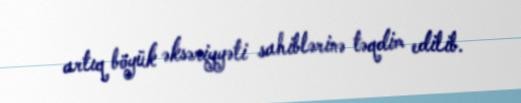
artıq böyük əksəriyyəti sahiblərinə təqdim edilib.